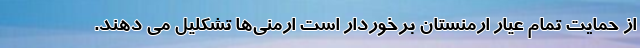
از حمایت تمام عیار ارمنستان برخوردار است ارمنی‌ها تشکلیل می دهند.